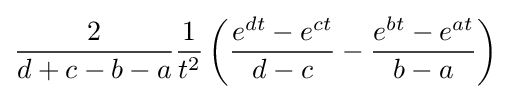
{\frac {2}{d+c-b-a}}{\frac {1}{t^{2}}}\left({\frac {e^{dt}-e^{ct}}{d-c}}-{\frac {e^{bt}-e^{at}}{b-a}}\right)